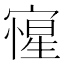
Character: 㝭